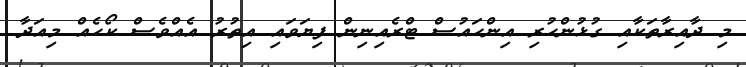
މި ދާއިރާތަކާއި ގުޅުންހުރި އިންހައުސް ޓްރެއިނިން ފިޔަވައި އިތުރު އެއްވެސް ކޯހެއް މިއަދާ